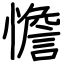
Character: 憺